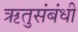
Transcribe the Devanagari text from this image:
ऋतुसंबंधी